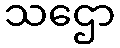
သဌော